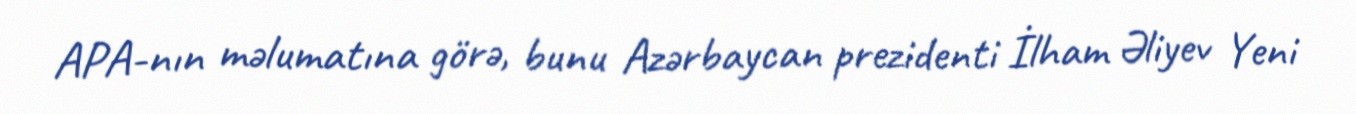
APA-nın məlumatına görə, bunu Azərbaycan prezidenti İlham Əliyev Yeni